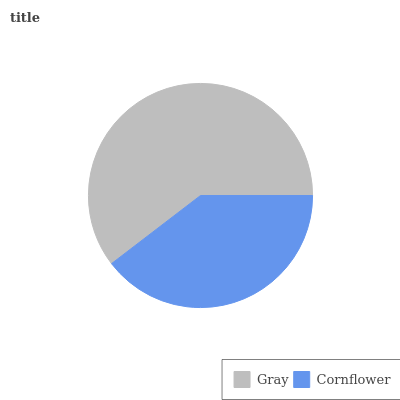
| Gray | Cornflower |
 | --- | --- |
 | 60.4% | 39.6% |